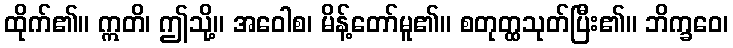
ထိုက်၏။ ဣတိ၊ ဤသို့။ အဝေါစ၊ မိန့်တော်မူ၏။ စတုတ္ထသုတ်ပြီး၏။ ဘိက္ခဝေ၊